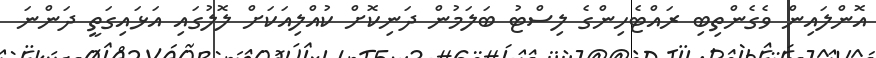
އޮންލައިން ވެގެންތިބި ރައްޓެހިންގެ ލިސްޓު ބަލަމުން ދަނިކޮށް ކުއްލިއަކަށް ލޮލުގައި އަޅައިގަތީ ދަންނަ